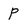
Character: p